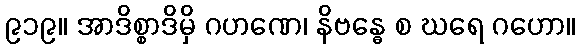
၉၁၉။ အာဒိစ္စာဒိမှိ ဂဟဏေ၊ နိဗန္ဓေ စ ဃရေ ဂဟော။